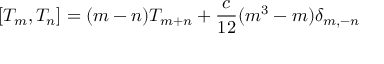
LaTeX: [ T _ { m } , T _ { n } ] = ( m - n ) T _ { m + n } + { \frac { c } { 1 2 } } ( m ^ { 3 } - m ) \delta _ { m , - n }